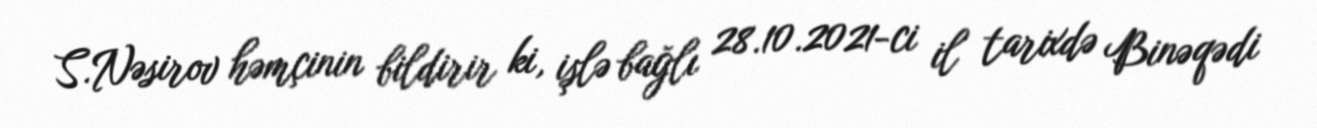
S.Nəsirov həmçinin bildirir ki, işlə bağlı 28.10.2021-ci il tarixdə Binəqədi